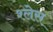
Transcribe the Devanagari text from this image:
श्लेस